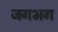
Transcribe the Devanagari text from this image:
जगभग